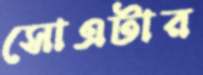
সোএটার